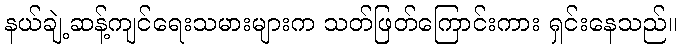
နယ်ချဲ့ဆန့်ကျင်ရေးသမားများက သတ်ဖြတ်ကြောင်းကား ရှင်းနေသည်။